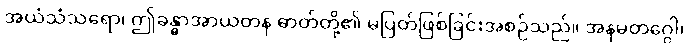
အယံသံသရော၊ ဤခန္ဓာအာယတန ဓာတ်တို့၏ မပြတ်ဖြစ်ခြင်းအစဉ်သည်။ အနမတဂ္ဂေါ၊